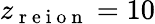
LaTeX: z_{\mathrm{~r~e~i~o~n~}}=10